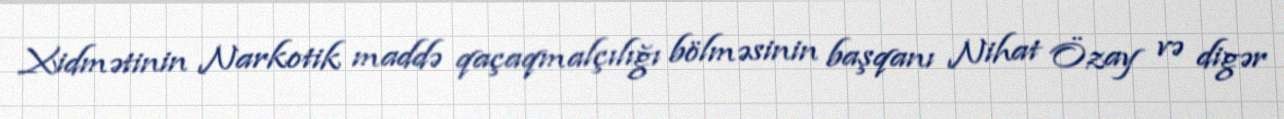
Xidmətinin Narkotik maddə qaçaqmalçılığı bölməsinin başqanı Nihat Özay və digər